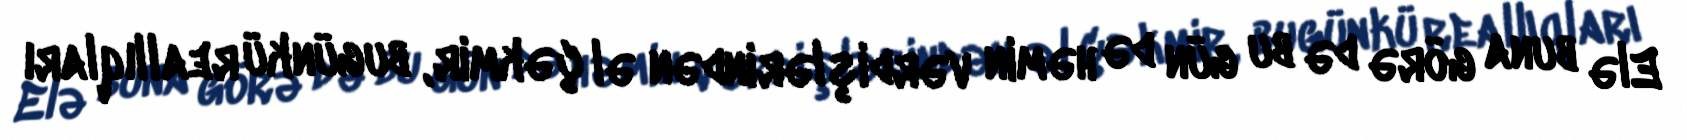
Elə buna görə də bu gün də həmin vərdişlərindən əl çəkmir, bugünkü reallıqları